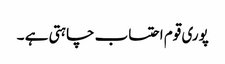
پوری قوم احتساب چاہتی ہے ۔